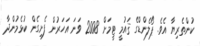
ކުންތެރިޔާ އެވެ. ޕޯލެންޑްގެ ޤައުމީ ޓީމަށް 2008 ވަނަ އަހަރުން ފެށިގެން ކުޅެމުންދާ